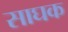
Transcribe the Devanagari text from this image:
साघक